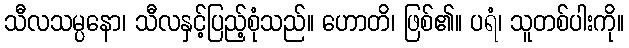
သီလသမ္ပနော၊ သီလနှင့်ပြည့်စုံသည်။ ဟောတိ၊ ဖြစ်၏။ ပရံ၊ သူတစ်ပါးကို။